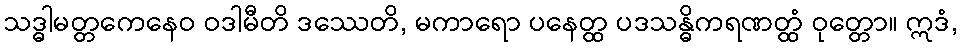
သဒ္ဓါမတ္တကေနေဝ ဝဒါမီတိ ဒဿေတိ, မကာရော ပနေတ္ထ ပဒသန္ဓိကရဏတ္ထံ ဝုတ္တော။ ဣဒံ,